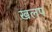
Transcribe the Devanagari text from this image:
खलप